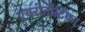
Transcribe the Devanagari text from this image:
एयरोनौटिका